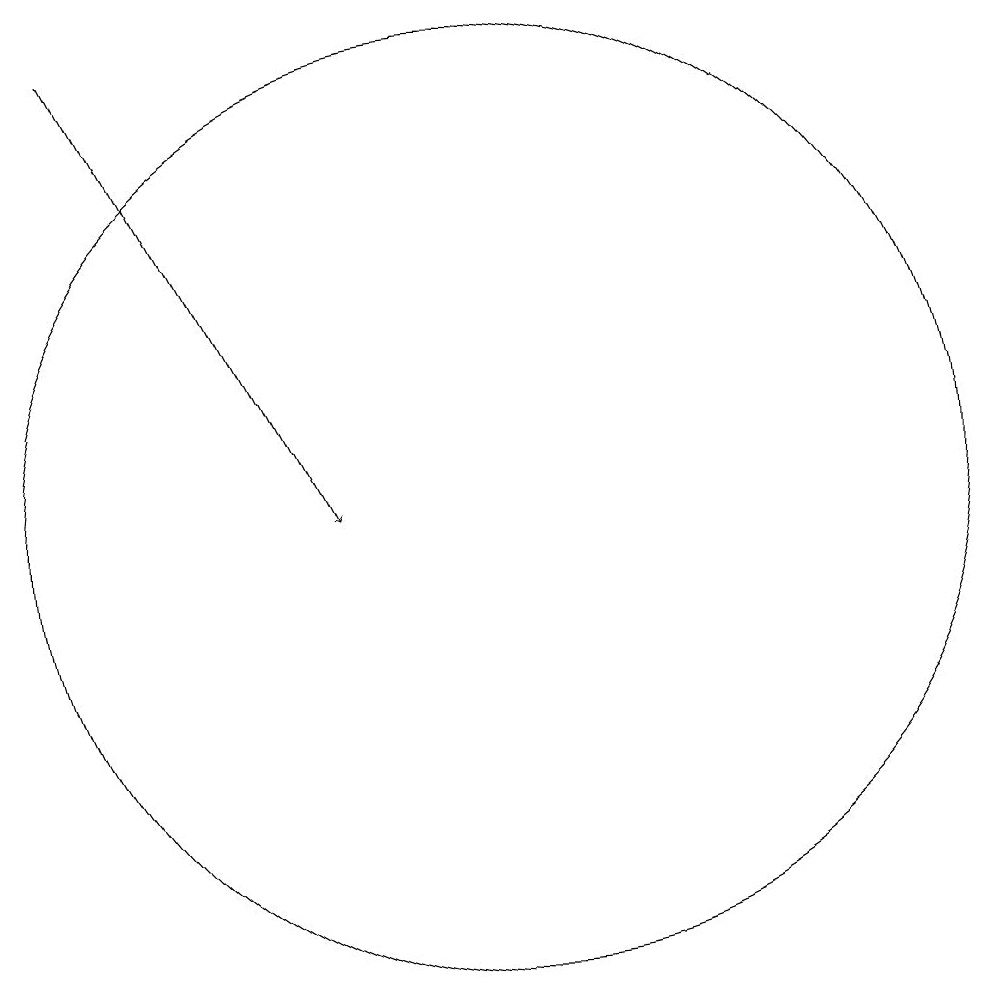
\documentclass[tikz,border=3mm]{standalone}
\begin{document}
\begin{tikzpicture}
\draw (11,11) circle (0);
\draw[->] (6,17) -- (9,11);
\draw (11,11) circle (6);
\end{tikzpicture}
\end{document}